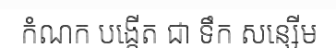
កំណក បង្កើត ជា ទឹក សន្សើម